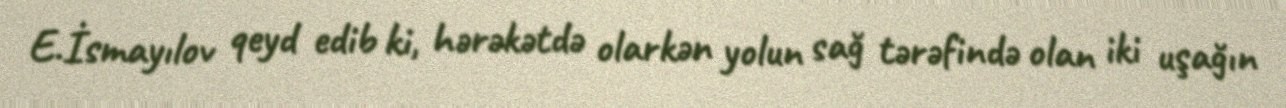
E.İsmayılov qeyd edib ki, hərəkətdə olarkən yolun sağ tərəfində olan iki uşağın